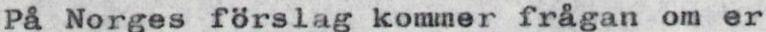
På Norges förslag kommer frågan om er